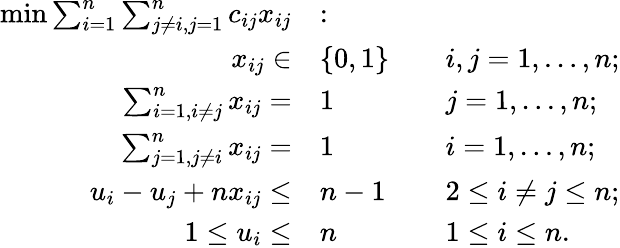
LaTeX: {\begin{array}{rlrl}{\operatorname*{min}\sum_{i=1}^{n}\sum_{j\neq i,j=1}^{n}c_{ij}x_{ij}}&{\colon}&&{}\\ {x_{ij}\in}&{\{ 0,1\} }&&{i,j=1,\ldots,n;}\\ {\sum_{i=1,i\neq j}^{n}x_{ij}=}&{1}&&{j=1,\ldots,n;}\\ {\sum_{j=1,j\neq i}^{n}x_{ij}=}&{1}&&{i=1,\ldots,n;}\\ {u_{i}-u_{j}+nx_{ij}\leq}&{n-1}&&{2\leq i\neq j\leq n;}\\ {1\leq u_{i}\leq}&{n}&&{1\leq i\leq n.}\end{array}}